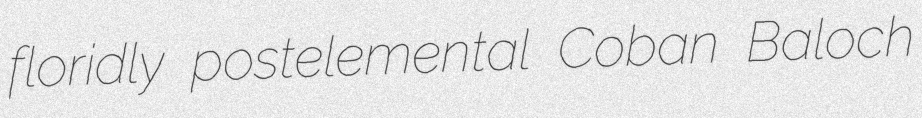
floridly postelemental Coban Baloch